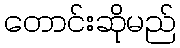
တောင်းဆိုမည်